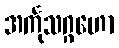
အင်္ကုသဂ္ဂဟော